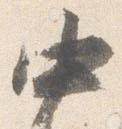
中